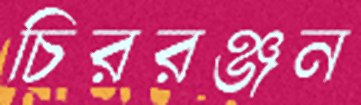
চিররঞ্জন